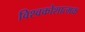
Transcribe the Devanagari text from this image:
विश्वकोशात्मक